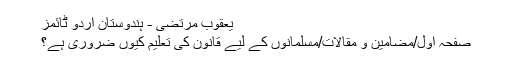
یعقوب مرتضی - ہندوستان اردو ٹائمز
صفحہ اول/مضامین و مقالات/مسلمانوں کے لیے قانون کی تعلیم کیوں ضروری ہے؟